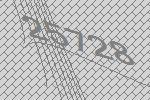
25728